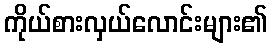
ကိုယ်စားလှယ်လောင်းများ၏